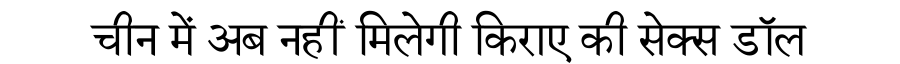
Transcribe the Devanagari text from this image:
चीन में अब नहीं मिलेगी किराए की सेक्स डॉल